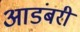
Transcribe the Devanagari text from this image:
आडंबरी